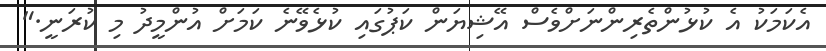
އެކަމަކު އެ ކުޅުންތެރިންނަށްވެސް އޭޝިޔަން ކަޕުގައި ކުޅެވޭނެ ކަމަށް އުންމީދު މި ކުރަނީ."